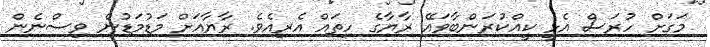
މަގަށް ހުރަސް އެޅީ ކީއްކުރަންބާވައޭ ރާޔާގެ ހިތައް އެރިއެވެ. ރާޔާއަށް މަޑުމަޑުން ވިސްނެން